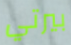
بيرتي